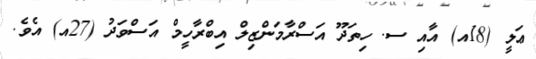
ޢަލީ (18އ) އާއި ސ. ހިތަދޫ އަސްރާމަންޒިލް އިބްރާހީމް އަސްވަދު (27އ) އެވެ.